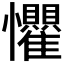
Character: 𪭈